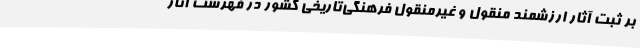
بر ثبت آثار ارزشمند منقول و غیرمنقول فرهنگی‌تاریخی کشور در فهرست آثار